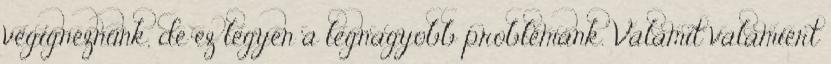
végignéznünk, de ez legyen a legnagyobb problémánk. Valamit valamiért